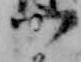
つ